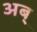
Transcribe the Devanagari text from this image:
अब्